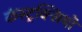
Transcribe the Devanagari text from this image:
कंस्ट्रक्सियो